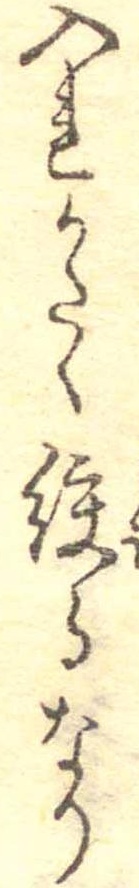
入れかたく絞るなり